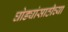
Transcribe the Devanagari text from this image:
घोड्यांसाठीच्या